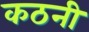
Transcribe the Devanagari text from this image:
कठनी